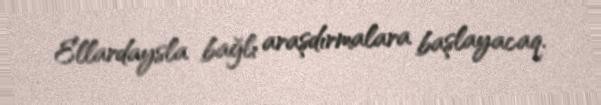
Ellardaysla bağlı araşdırmalara başlayacaq.